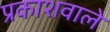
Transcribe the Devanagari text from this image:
प्रकाशवाले